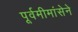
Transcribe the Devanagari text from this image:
पूर्वमीमांसेने